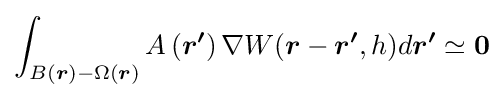
\int _{B({\boldsymbol {r}})-\Omega ({\boldsymbol {r}})}A\left({\boldsymbol {r^{\prime }}}\right)\nabla W({\boldsymbol {r}}-{\boldsymbol {r^{\prime }}},h)d{\boldsymbol {r^{\prime }}}\simeq {\boldsymbol {0}}